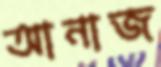
আনাজ